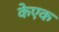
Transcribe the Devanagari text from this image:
केएक